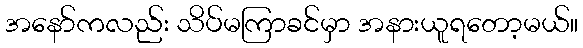
အနော်ကလည်း သိပ်မကြာခင်မှာ အနားယူရတော့မယ်။